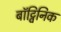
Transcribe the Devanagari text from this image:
बॉट्विनिक